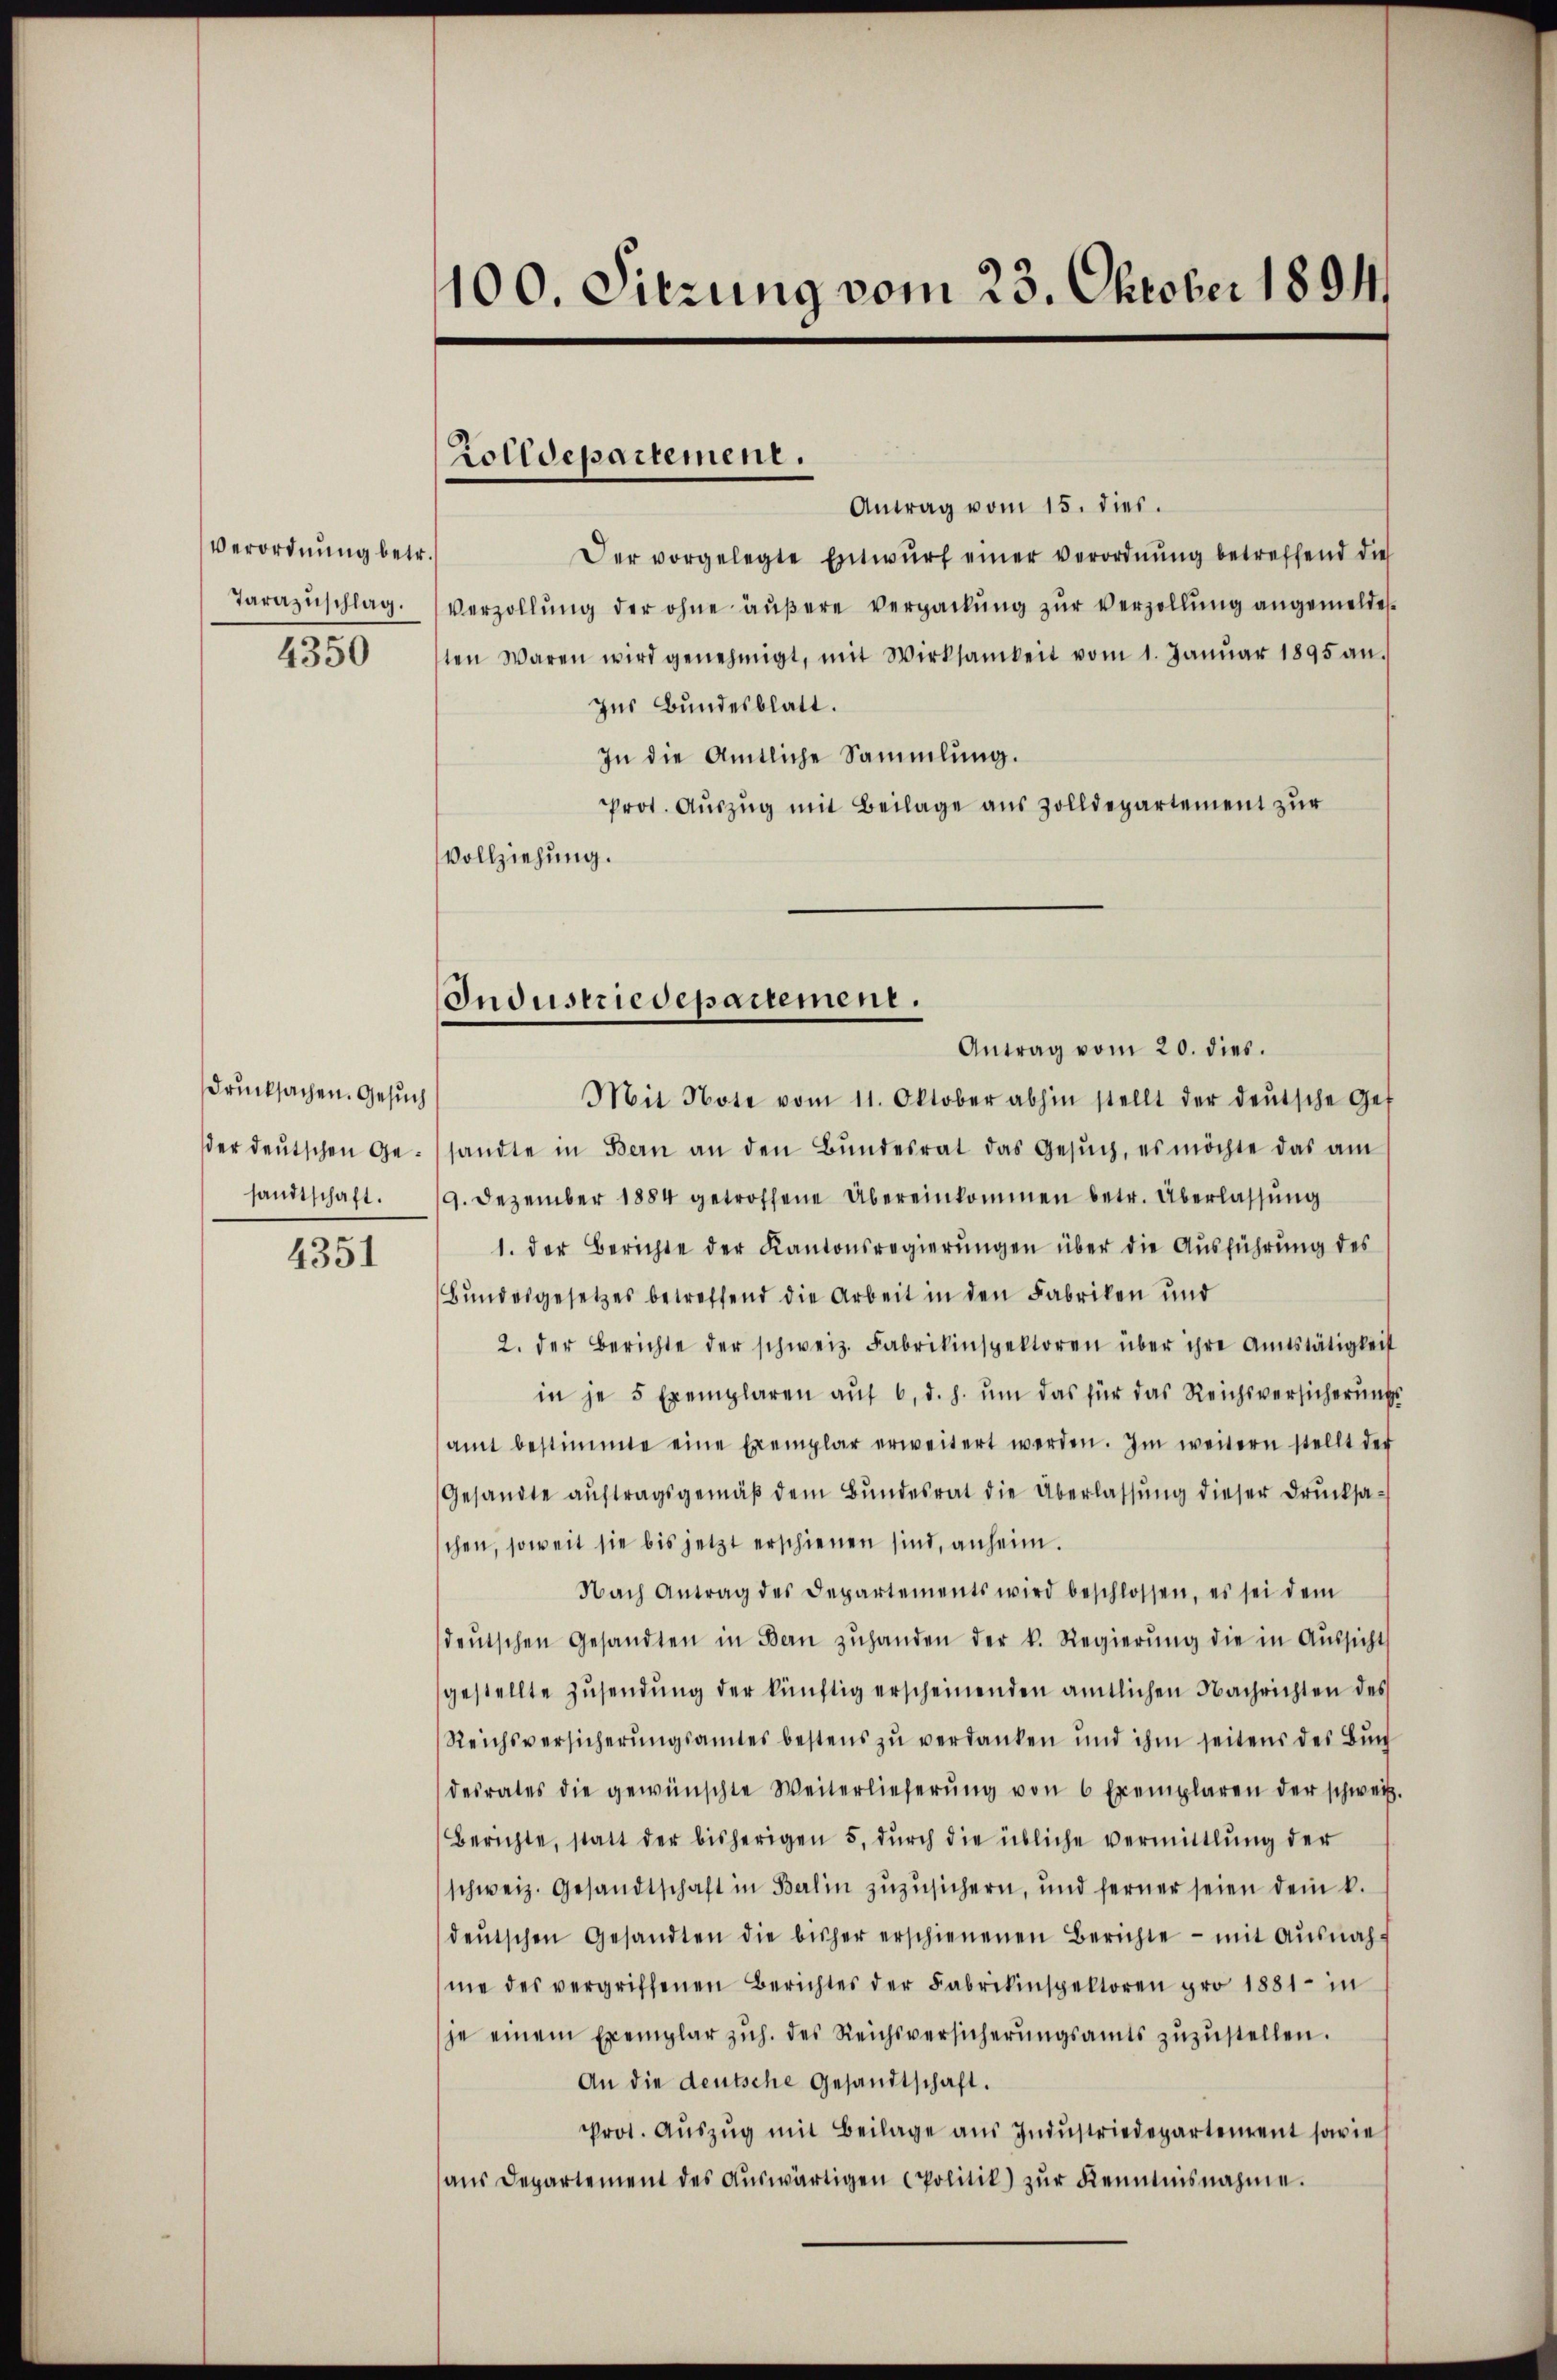
Verordnung betr.
Tarazuschlag.
4350

drucksachen. Gesuch
der deutschen Gesandtschaft.

4351

100. Sitzung vom 23. Oktober 1894.

Zolldepartement.

Industriedepartement.
Antrag vom 20. dies.

Antrag vom 15. dies.
Der vorgelegte Entwŭrf einer verordnung betreffend die
Verzollung der ohne äußere Verpackung zur Verzöllung angemeldet.
ten Waren wird genehmigt, mit Wirksamkeit vom 1. Janŭar 1895 an.
zur Bundesblatt.
In die Amtliche Sammlung.
Prot. Auszug mit Beilage aus Zolldepartement zur
Vollziehung.
Mit Note vom 11. Oktober abhin stellt der deŭtsche Gef
sandte in Bern an den Bŭndesrat das Gesŭch, es möchte das am
9. Dezember 1884 getroffene Übereinkommen betr. Überlassung
1. der Berichte der Kantonsregierŭngen über die Aŭsführŭng des
Bundesgesetzes betreffend die Arbeit in den Fabriken und
2. der Berichte der schweiz. Fabrikinspektoren über ihre Amtstätigkeit
in je 5 Exemplaren aŭf 6. d. h. ŭm das für das Reichsversicherŭngs-
amt bestimmte eine Exemplar erweitert werden. Im weitern stellt der
Gesandte auftragsgemäβ dem Bundesrat die Überlassŭng dieser Drucksa-
chen, soweit sie bis jetzt erschienen sind, anheim.
Nach Antrag des Departements wird beschlossen, es sei dem
deŭtschen Gesandten in Bern zŭhanden der k. Regierŭng die in Aŭssicht
gestellte Zŭsendŭng der künftig erscheinenden amtlichen Nachrichten des
Reichsversicherŭngsamtes bestens zŭ verdanken und ihm seitens des Bŭch
desrates die gewünschte Weiterlieferŭng von 6 Exemplaren der schweiz.
Berichte, statt der bisherigen 5. dŭrch die übliche vermittlung der
schweiz. Gesandtschaft in Balin zŭzŭsichern, und ferner seien dem k.
deŭtschen Gesandten die bisher erschienenen Berichte - mit Ausnah-
me des vergriffenen Berichtes der Fabrikinspektoren pro 1881 in
je einem Exemplar zŭh. des Reichsversicherŭngsamts zŭzŭstellen.
An die deutsche Gesandtschaft.
Prot. Aŭszŭg mit Beilage aŭs Indŭstriedepartement sowie
aŭs Departement des aŭswärtigen Politik) zŭr Kenntnisnahme.